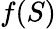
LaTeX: f(S)